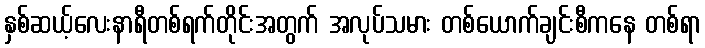
နှစ်ဆယ့်လေးနာရီတစ်ရက်တိုင်းအတွက် အလုပ်သမား တစ်ယောက်ချင်းစီကနေ တစ်ရာ